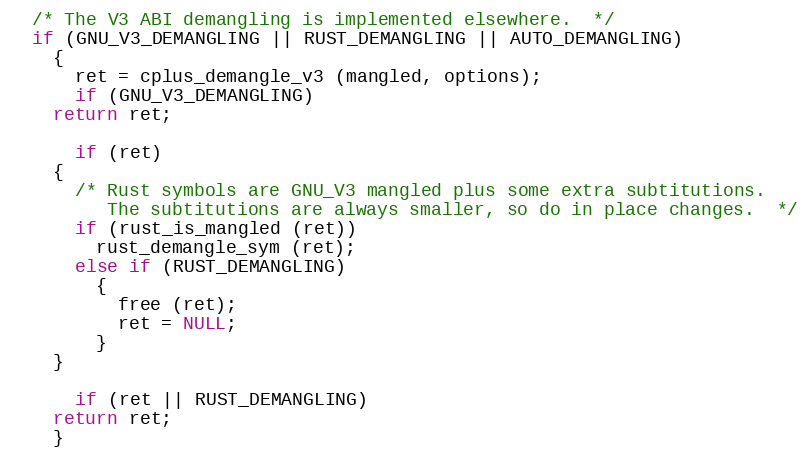
Language: C
  /* The V3 ABI demangling is implemented elsewhere.  */
  if (GNU_V3_DEMANGLING || RUST_DEMANGLING || AUTO_DEMANGLING)
    {
      ret = cplus_demangle_v3 (mangled, options);
      if (GNU_V3_DEMANGLING)
	return ret;

      if (ret)
	{
	  /* Rust symbols are GNU_V3 mangled plus some extra subtitutions.
	     The subtitutions are always smaller, so do in place changes.  */
	  if (rust_is_mangled (ret))
	    rust_demangle_sym (ret);
	  else if (RUST_DEMANGLING)
	    {
	      free (ret);
	      ret = NULL;
	    }
	}

      if (ret || RUST_DEMANGLING)
	return ret;
    }